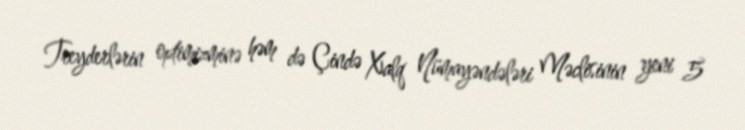
Treyderlərin optimizminə həm də Çində Xalq Nümayəndələri Məclisinin yeni 5